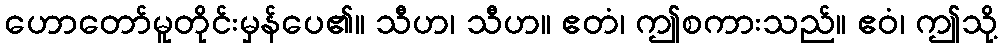
ဟောတော်မူတိုင်းမှန်ပေ၏။ သီဟ၊ သီဟ။ ဧတံ၊ ဤစကားသည်။ ဧဝံ၊ ဤသို့